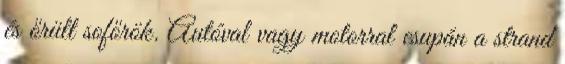
és őrült sofőrök. Autóval vagy motorral csupán a strand